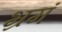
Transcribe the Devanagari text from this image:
भ्रमं